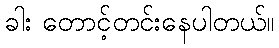
ခါး တောင့်တင်းနေပါတယ်။